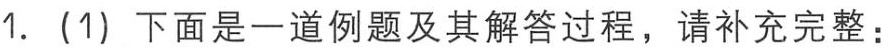
1. (1) 下面是一道例题及其解答过程，请补充完整：